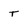
Character: T